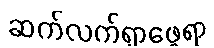
ဆက်လက်ရှာဖွေရာ